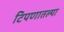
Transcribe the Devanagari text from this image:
टिपणातल्या